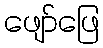
ဖျော်ဖြေ